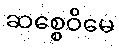
ဆစ္စေဝိမေ